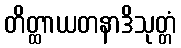
တိတ္ထာယတနာဒိသုတ္တံ